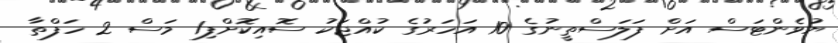
ޔުވެންޓަސް އަށް ފަލަސްތީނުގެ 10 އަހަރުގެ ކުއްޖަކު ސޮއިކޮށްފި1 މަސް 2 ހަފްތާ